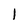
Character: 1